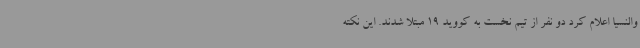
والنسیا اعلام کرد دو نفر از تیم نخست به کووید 19 مبتلا شدند. این نکته